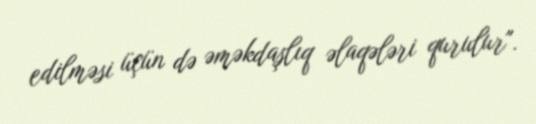
edilməsi üçün də əməkdaşlıq əlaqələri qurulur".